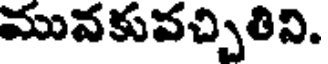
మువకువచ్చితివి.